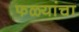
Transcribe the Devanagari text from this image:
फळ्यांचा